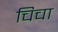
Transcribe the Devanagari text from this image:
चिचा